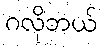
ဂလိုဘယ်